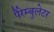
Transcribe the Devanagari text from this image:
पैरेम्बुलेटर